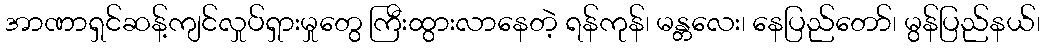
အာဏာရှင်ဆန့်ကျင်လှုပ်ရှားမှုတွေ ကြီးထွားလာနေတဲ့ ရန်ကုန်၊ မန္တလေး၊ နေပြည်တော်၊ မွန်ပြည်နယ်၊